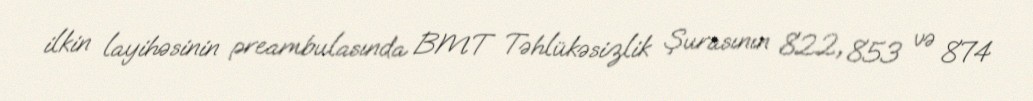
ilkin layihəsinin preambulasında BMT Təhlükəsizlik Şurasının 822, 853 və 874